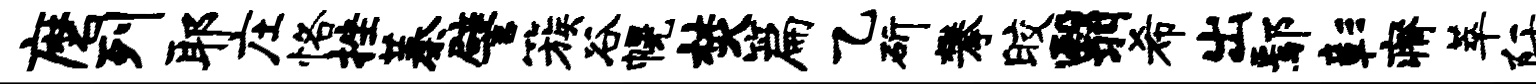
磨列耶庄恪挫蓁譬簇谷幌焚篇乙斫攀皎翳希出鄢彰瘠萃阡